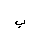
Letter: _ba